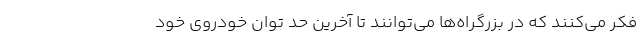
فکر می‌کنند که در بزرگراه‌ها می‌توانند تا آخرین حد توان خودروی خود